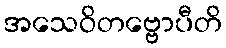
အသေဝိတဗ္ဗောပီတိ